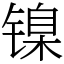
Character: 镍